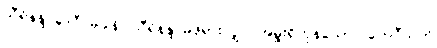
သီရိနန္ဒာဒေဝီပမုခါနိ၊ သီရိနန္ဒာမိဖုရားလျှင် အမှူးရှိကုန်သော။ တေဝီသတိ